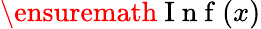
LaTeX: \ensuremath{\mathrm{~I~n~f~}}(x)